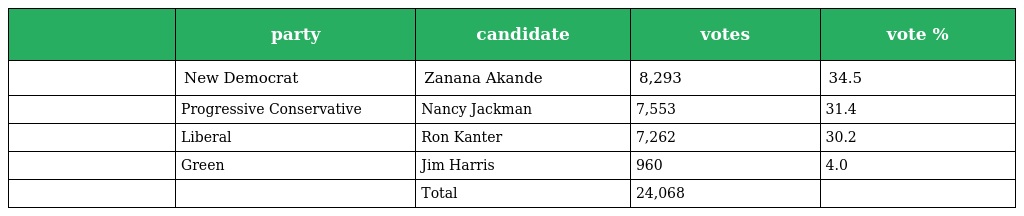
|  | party | candidate | votes | vote % |
 | --- | --- | --- | --- | --- |
 |  | New Democrat | Zanana Akande | 8,293 | 34.5 |
 |  | Progressive Conservative | Nancy Jackman | 7,553 | 31.4 |
 |  | Liberal | Ron Kanter | 7,262 | 30.2 |
 |  | Green | Jim Harris | 960 | 4.0 |
 |  |  | Total | 24,068 |  |